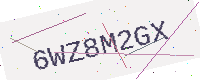
Text: 6WZ8M2GX